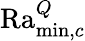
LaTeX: \mathrm{Ra}_{\operatorname*{min},c}^{Q}